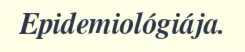
Epidemiológiája.